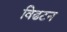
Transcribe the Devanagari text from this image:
विढटन